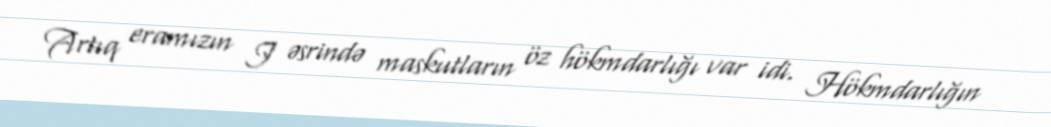
Artıq eramızın I əsrində maskutların öz hökmdarlığı var idi. Hökmdarlığın